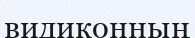
видиконның